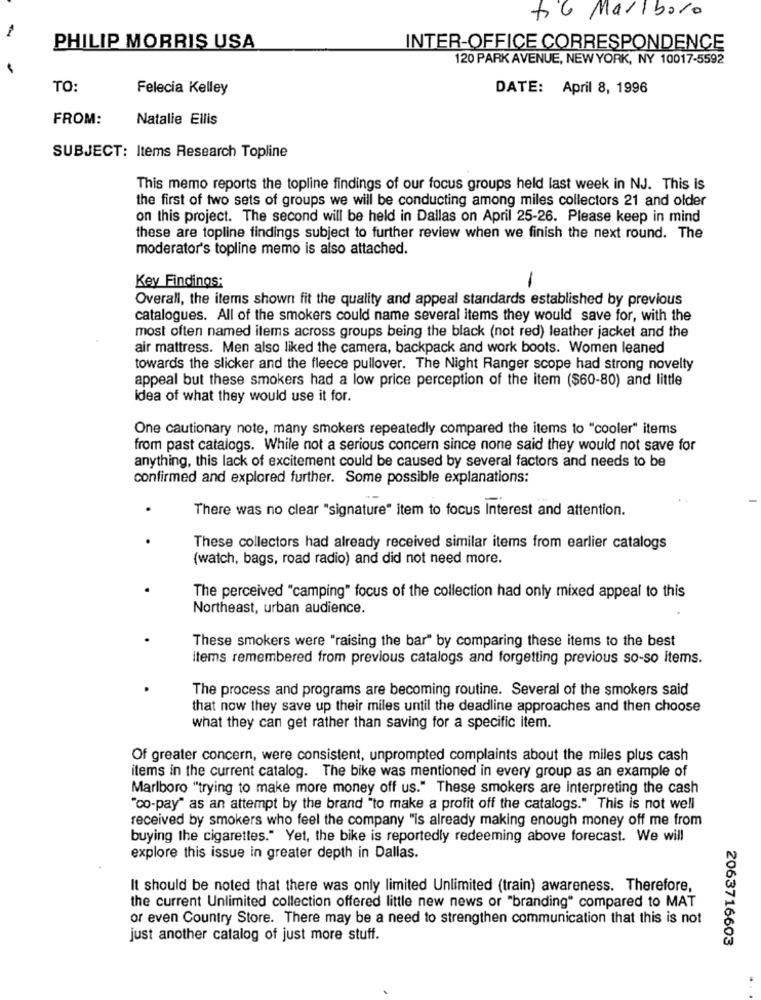
to 6 Marlboro
PHILIP MORRIS USA
INTER-OFFICE CORRESPONDENCE
120 PARK AVENUE, NEW YORK, NY 10017-5592
TO:
Felecia Kelley
DATE: April 8, 1996
FROM:
Natalie Ellis
SUBJECT: Items Research Topline
This memo reports the topline findings of our focus groups held last week in NJ. This is
the first of two sets of groups we will be conducting among miles collectors 21 and older
on this project. The second will be held in Dallas on April 25-26. Please keep in mind
these are topline findings subject to further review when we finish the next round. The
moderator's topline memo is also attached.
-
Key Findings:
Overall, the items shown fit the quality and appeal standards established by previous
catalogues. All of the smokers could name several items they would save for, with the
most often named items across groups being the black (not red) leather jacket and the
air mattress. Men also liked the camera, backpack and work boots. Women leaned
towards the slicker and the fleece pullover. The Night Ranger scope had strong novelty
appeal but these smokers had a low price perception of the item ($60-80) and little
idea of what they would use it for.
One cautionary note, many smokers repeatedly compared the items to "cooler" items
from past catalogs. While not a serious concern since none said they would not save for
anything, this lack of excitement could be caused by several factors and needs to be
confirmed and explored further. Some possible explanations:
There was no clear "signature" item to focus Interest and attention.
These collectors had already received similar items from earlier catalogs
(watch, bags, road radio) and did not need more.
The perceived "camping" focus of the collection had only mixed appeal to this
Northeast, urban audience.
These smokers were "raising the bar" by comparing these items to the best
items remembered from previous catalogs and forgetting previous so-so items.
The process and programs are becoming routine. Several of the smokers said
that now they save up their miles until the deadline approaches and then choose
what they can get rather than saving for a specific item.
Of greater concern, were consistent, unprompted complaints about the miles plus cash
items in the current catalog. The bike was mentioned in every group as an example of
Marlboro "trying to make more money off us." These smokers are interpreting the cash
"co-pay" as an attempt by the brand "to make a profit off the catalogs." This is not well
received by smokers who feel the company "is already making enough money off me from
buying the cigarettes." Yet, the bike is reportedly redeeming above forecast. We will
explore this issue in greater depth in Dallas.
It should be noted that there was only limited Unlimited (train) awareness. Therefore,
the current Unlimited collection offered little new news or "branding" compared to MAT
or even Country Store. There may be a need to strengthen communication that this is not
just another catalog of just more stuff.
2063716603